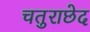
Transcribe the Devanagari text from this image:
चतुराछेद